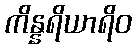
ကိန္နရိယာရိဝ